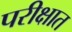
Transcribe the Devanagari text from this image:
परीक्षात